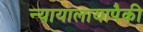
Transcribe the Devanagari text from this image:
न्यायालायापैकी